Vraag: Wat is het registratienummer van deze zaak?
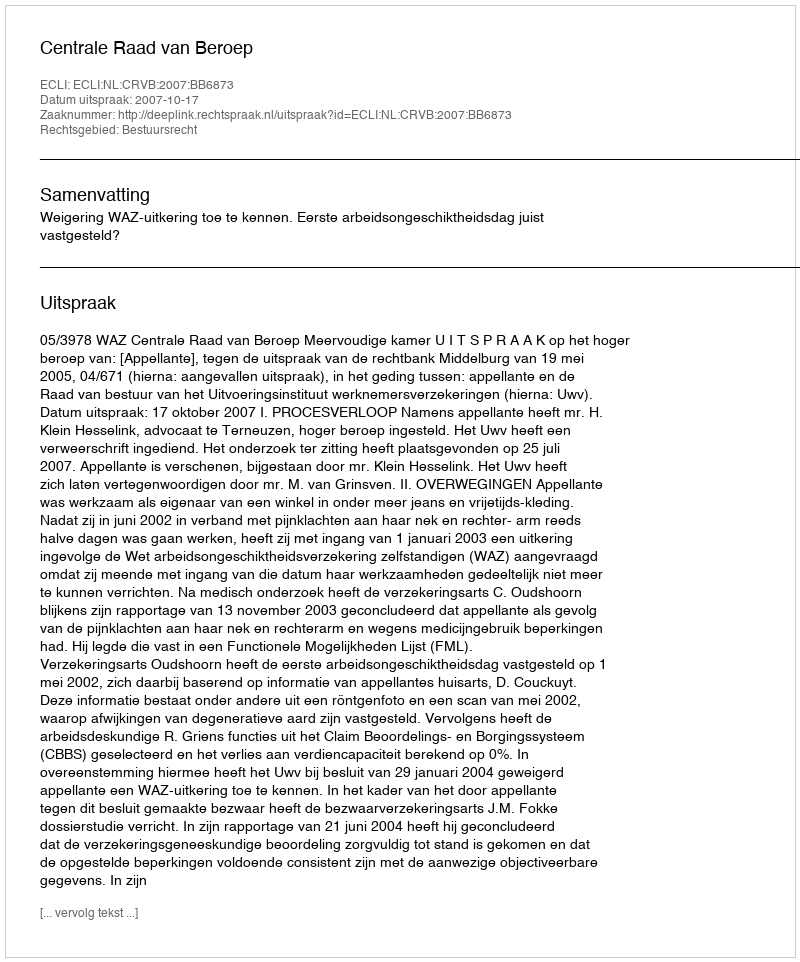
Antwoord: http://deeplink.rechtspraak.nl/uitspraak?id=ECLI:NL:CRVB:2007:BB6873